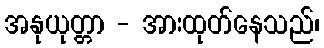
အနုယုတ္တာ - အားထုတ်နေသည်၊